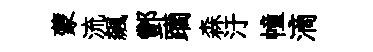
蒙流飆酆躪森汙幢滴